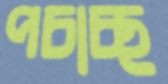
পচাচ্ছ